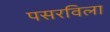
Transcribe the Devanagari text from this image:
पसरविला